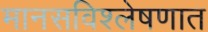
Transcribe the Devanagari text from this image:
मानसविश्लेषणात